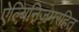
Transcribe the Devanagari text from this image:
ऐल्बिनिज़मरहित